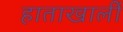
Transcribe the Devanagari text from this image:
हाताखालीं